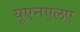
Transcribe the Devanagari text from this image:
यूएनएलए